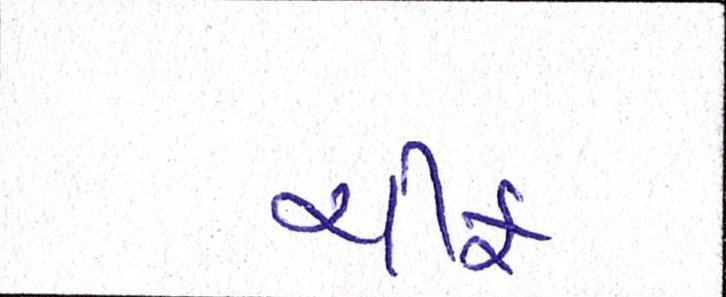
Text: ચીફ